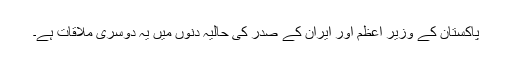
پاکستان کے وزیر اعظم اور ایران کے صدر کی حالیہ دنوں میں یہ دوسری ملاقات ہے۔